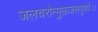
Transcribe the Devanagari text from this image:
जलचरोन्मुक्तजलपूर्णाः।।